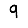
Digit: 9